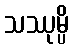
သဿုမ္ပိ